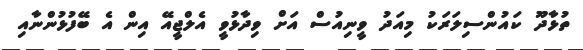
ތުޅާދޫ ކައުންސިލަރަކު މިއަދު ވީނިއުސް އަށް ވިދާޅުވީ އެލްޖީއޭ އިން އެ ބޭފުޅުންނާއި